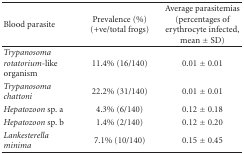
| Blood parasite | Prevalence (%) (+ve/total frogs) | Average parasitemias (percentages of erythrocyte infected, mean ± SD) |
 | --- | --- | --- |
 | Trypanosoma rotatorium-like organism | 11.4% (16/140) | 0.01 ± 0.01 |
 | Trypanosoma chattoni | 22.2% (31/140) | 0.01 ± 0.01 |
 | Hepatozoon sp. a | 4.3% (6/140) | 0.12 ± 0.18 |
 | Hepatozoon sp. b | 1.4% (2/140) | 0.12 ± 0.20 |
 | Lankesterella minima | 7.1% (10/140) | 0.15 ± 0.45 |